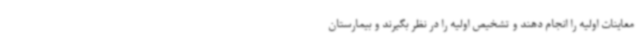
معاینات اولیه را انجام دهند و تشخیص اولیه را در نظر بگیرند و بیمارستان